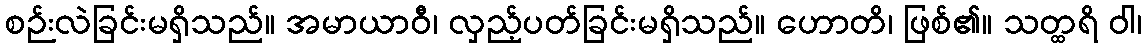
စဉ်းလဲခြင်းမရှိသည်။ အမာယာဝီ၊ လှည့်ပတ်ခြင်းမရှိသည်။ ဟောတိ၊ ဖြစ်၏။ သတ္ထရိ ဝါ၊